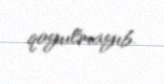
qoyulmayıb.